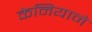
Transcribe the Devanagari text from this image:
केनियाने